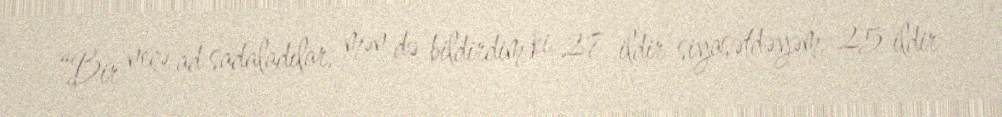
“Bir neçə ad sadaladılar, mən də bildirdim ki, 27 ildir siyasətdəyəm, 25 ildir